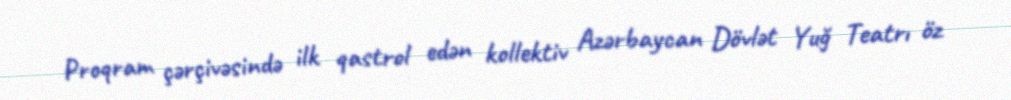
Proqram çərçivəsində ilk qastrol edən kollektiv Azərbaycan Dövlət Yuğ Teatrı öz